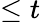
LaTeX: \leq t